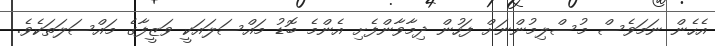
އެހެން ނަމަވެސް މުސްލިމުންނަށް ފަހުން ދިމާވާންފެށި އެންމެ ބޮޑު މައްސަލައަކީ ވަޒީފާގެ މައްސަލަތަކެވެ.